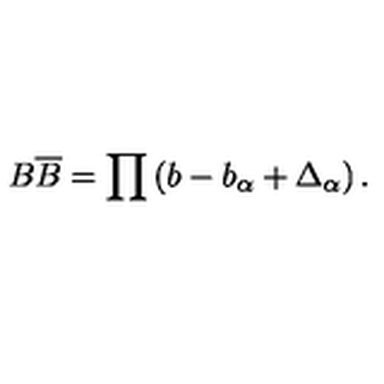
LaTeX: B \overline { { B } } = \prod \left( b - b _ { \alpha } + \Delta _ { \alpha } \right) .